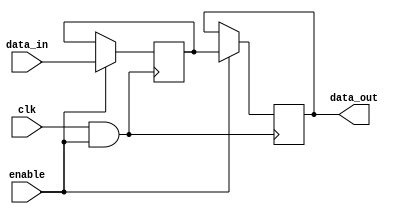
module MemoryBlock (
    input wire clk,          // Clock input
    input wire enable,       // Enable signal
    input wire [7:0] data_in, // Data input (example width of 8 bits)
    output reg [7:0] data_out // Data output
);

    // Memory storage (example: 256 x 8-bit SRAM)
    reg [7:0] memory [0:255];

    // Clock gating logic
    wire gated_clk;
    assign gated_clk = clk & enable; // Clock is passed only when enable is high

    // Memory write operation
    always @(posedge gated_clk) begin
        if (enable) begin
            // Example operation: write data to memory at address 0
            memory[0] <= data_in; // Write data to memory
        end
    end

    // Memory read operation
    always @(posedge gated_clk) begin
        if (enable) begin
            // Example operation: read data from memory at address 0
            data_out <= memory[0]; // Read data from memory
        end
    end

endmodule